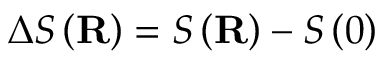
\Delta S \left( \mathbf { R } \right) = S \left( \mathbf { R } \right) - S \left( 0 \right)